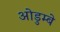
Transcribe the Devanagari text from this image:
ओडुम्बे